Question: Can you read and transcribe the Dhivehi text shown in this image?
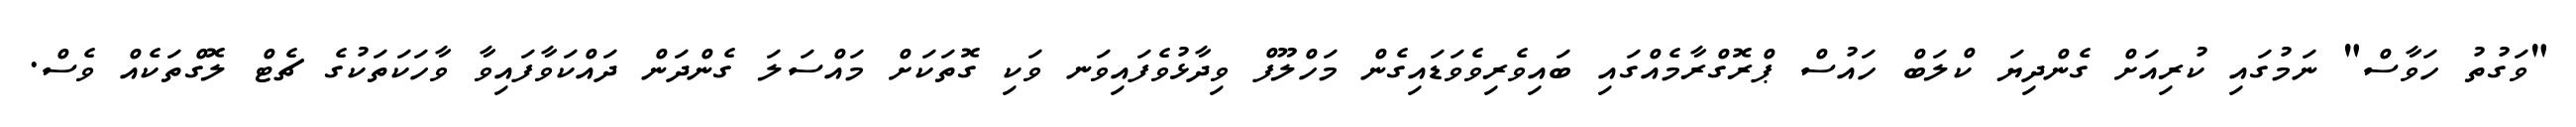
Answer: "ވަގުތު ހަވާސް" ނަމުގައި ކުރިއަށް ގެންދިޔަ ކްލަބް ހައުސް ޕްރޮގްރާމެއްގައި ބައިވެރިވެވަޑައިގެން މަހްލޫފް ވިދާޅުވެފައިވަނ ވަކި ގޮތަކަށް މައްސަލަ ގެންދަން ދައްކަވާފައިވާ ވާހަކަތަކުގެ ޗެޓް ލޮގްތަކެއް ވެސް.